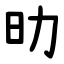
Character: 㫑